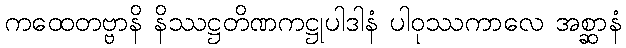
ကထေတဗ္ဗာနိ နိဿဋ္ဌတိဏကဋ္ဌုပါဒါနံ ပါဝုဿကာလေ အစ္ဆာနံ